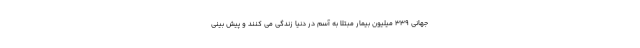
جهانی ۳۳۹ میلیون بیمار مبتلا به آسم در دنیا زندگی می کنند و پیش بینی